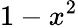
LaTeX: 1-x^{2}